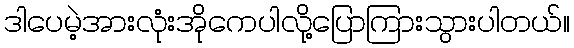
ဒါပေမဲ့အားလုံးအိုကေပါလို့ပြောကြားသွားပါတယ်။